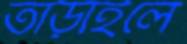
তাড়াইলে